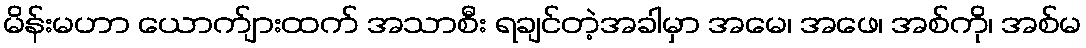
မိန်းမဟာ ယောက်ျားထက် အသာစီး ရချင်တဲ့အခါမှာ အမေ၊ အဖေ၊ အစ်ကို၊ အစ်မ